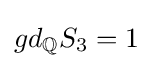
gd_{\mathbb {Q} }S_{3}=1